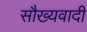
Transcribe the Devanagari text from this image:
सौख्यवादी